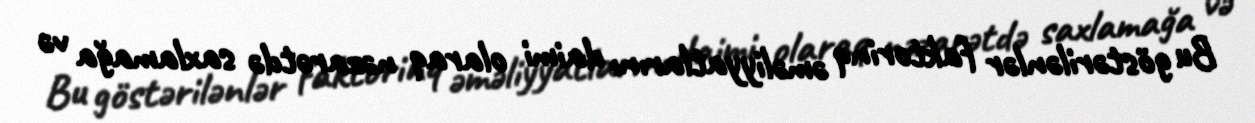
Bu göstərilənlər faktorinq əməliyyatlarını daimi olaraq nəzarətdə saxlamağa və